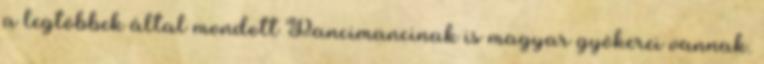
a legtöbbek által mondott Pancimancinak is magyar gyökerei vannak.